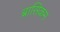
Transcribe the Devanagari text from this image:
ब्रासिकम